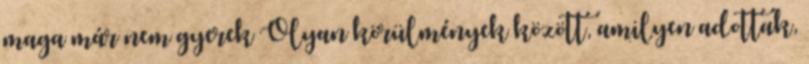
maga már nem gyerek Olyan körülmények között, amilyen adottak,